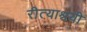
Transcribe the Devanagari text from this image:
रीत्याश्रयी